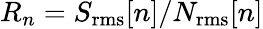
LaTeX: R_{n}=S_{\mathrm{rms}}[n]/N_{\mathrm{rms}}[n]